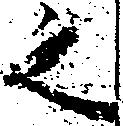
之